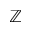
\mathbb { Z }